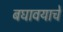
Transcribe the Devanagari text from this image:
बघावयाचे